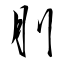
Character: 刖